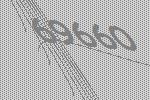
69660